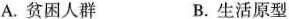
A.贫困人群 B.生活原型